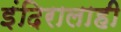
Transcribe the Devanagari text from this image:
इंदिरालाही